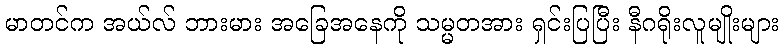
မာတင်က အယ်လ် ဘားမား အခြေအနေကို သမ္မတအား ရှင်းပြပြီး နီဂရိုးလူမျိုးများ